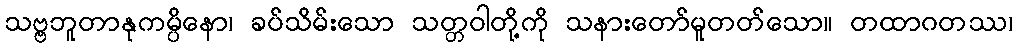
သဗ္ဗဘူတာနုကမ္ပိနော၊ ခပ်သိမ်းသော သတ္တဝါတို့ကို သနားတော်မူတတ်သော။ တထာဂတဿ၊